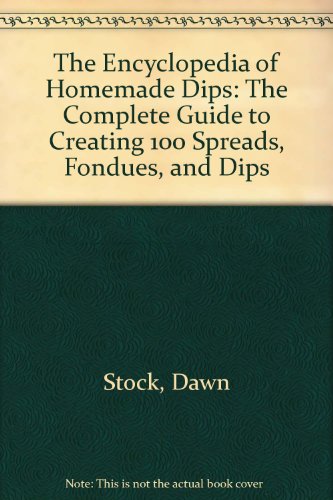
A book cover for The Encyclopedia of Homemade Dips: The Complete Guide to Creating 100 Spreads, Fondues, and Dips; Dawn Stock; Cookbooks, Food & Wine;